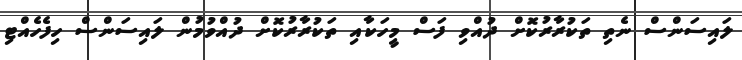
ލައިސަންސް ނެތި ތަކުރާރުކޮށް ދުއްވި ފަސް މީހަކާއި ތަކުރާރުކޮށް ދުއްވުމުން ލައިސަންސް ހިފެހެއްޓި